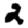
Digit: 2